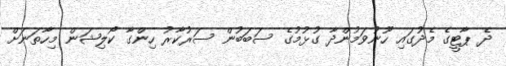
ދެ ޕާޓީގެ މެދުގައި ހޫނުވަމުންދާ ގުޅުމުގެ ސަބަބުން ސަރުކާރު ހިންގާ ކޯލިޝަން މިހާތަނަށް